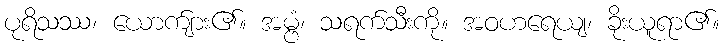
ပုရိသဿ၊ ယောက်ျား၏။ အမ္ဗံ၊ သရက်သီးကို။ အဝဟရေယျ၊ ခိုးယူရာ၏။